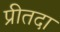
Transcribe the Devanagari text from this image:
प्रीतदा